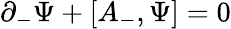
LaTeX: \partial_{-}{\Psi}+[A_{-},{\Psi}]=0